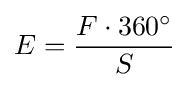
E={\frac {F\cdot 360^{\circ }}{S}}